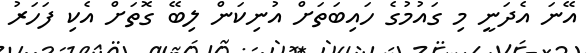
އޭނަ އެދަނީ މި ގައުމުގެ ހައިބަތަށް އުނިކަން ލިބޭ ގޮތަށް އެކި ފަހަރު